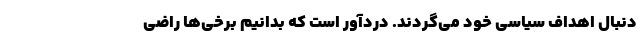
دنبال اهداف سیاسی خود می‌گردند. دردآور است که بدانیم برخی‌ها راضی